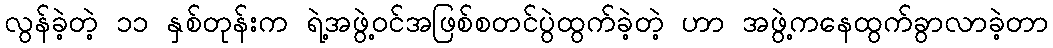
လွန်ခဲ့တဲ့ ၁၁ နှစ်တုန်းက ရဲ့အဖွဲ့ဝင်အဖြစ်စတင်ပွဲထွက်ခဲ့တဲ့ ဟာ အဖွဲ့ကနေထွက်ခွာလာခဲ့တာ